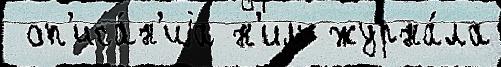
 оп'иса́н'иjа н'им журна́ла